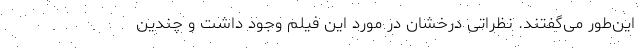
این‌طور می‌گفتند. نظراتی درخشان در مورد این فیلم وجود داشت و چندین